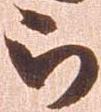
被